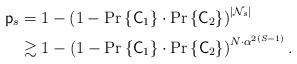
LaTeX: \begin{align*}\mathsf{p}_s &= 1- \left( 1- \textrm{Pr} \left\{ \mathsf{C}_1 \right\} \cdot \textrm{Pr} \left\{ \mathsf{C}_2 \right\} \right)^{|\mathcal{N}_s|} \\& \gtrsim 1- \left( 1- \textrm{Pr} \left\{\mathsf{C}_1 \right\} \cdot \textrm{Pr} \left\{ \mathsf{C}_2\right\} \right)^{N \cdot \alpha^{2(S-1)}}.\end{align*}